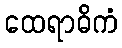
ထေရာဓိကံ